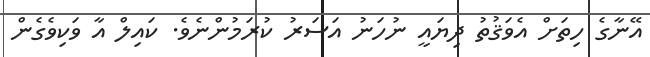
އޭނާގެ ހިތަށް އެވަޤުތު ދިޔައީ ނުހަނު އަސަރު ކުރަމުންނެވެ. ކައިލް އާ ވަކިވެގެން